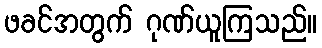
ဖခင်အတွက် ဂုဏ်ယူကြသည်။